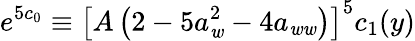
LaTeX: e^{5c_{0}}\equiv\left[A\left(2-5a_{\mathit{w}}^{2}-4a_{\mathit{w}\mathit{w}}\right)\right]^{5}c_{1}(y)